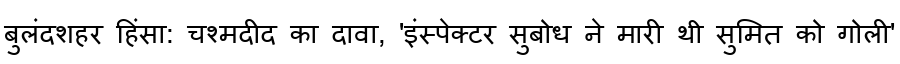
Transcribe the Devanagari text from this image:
बुलंदशहर हिंसा: चश्मदीद का दावा, 'इंस्पेक्टर सुबोध ने मारी थी सुमित को गोली'